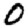
Digit: 0